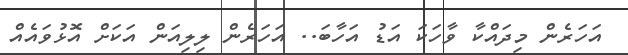
އަހަރެން މިދައްކާ ވާހަކަ އަޑު އަހާބަ.. އަހަރެން ލިލިއަން އަކަށް އޮޅުވައެއް